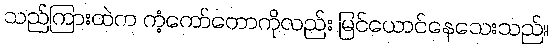
သည်ကြားထဲက ကံ့ကော်တောကိုလည်း မြင်ယောင်နေသေးသည်။